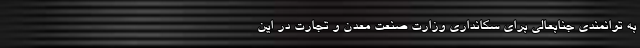
به توانمندی جنابعالی برای سکانداری وزارت صنعت معدن و تجارت در این